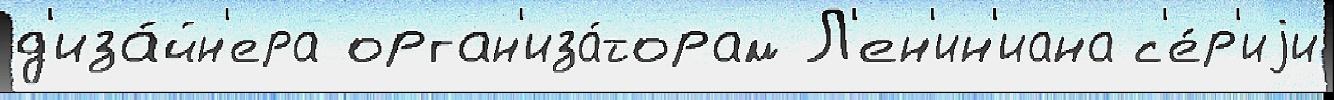
д'иза́йн'ера орган'иза́торам Л'ен'ин'иана с'е́р'иjи